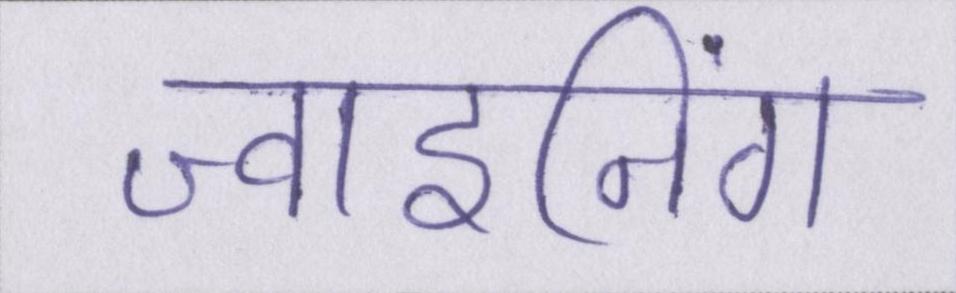
ज्वाइनिंग